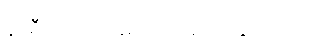
နာရီ သတင်းမှာ ကြေညာသွားတာပါ။